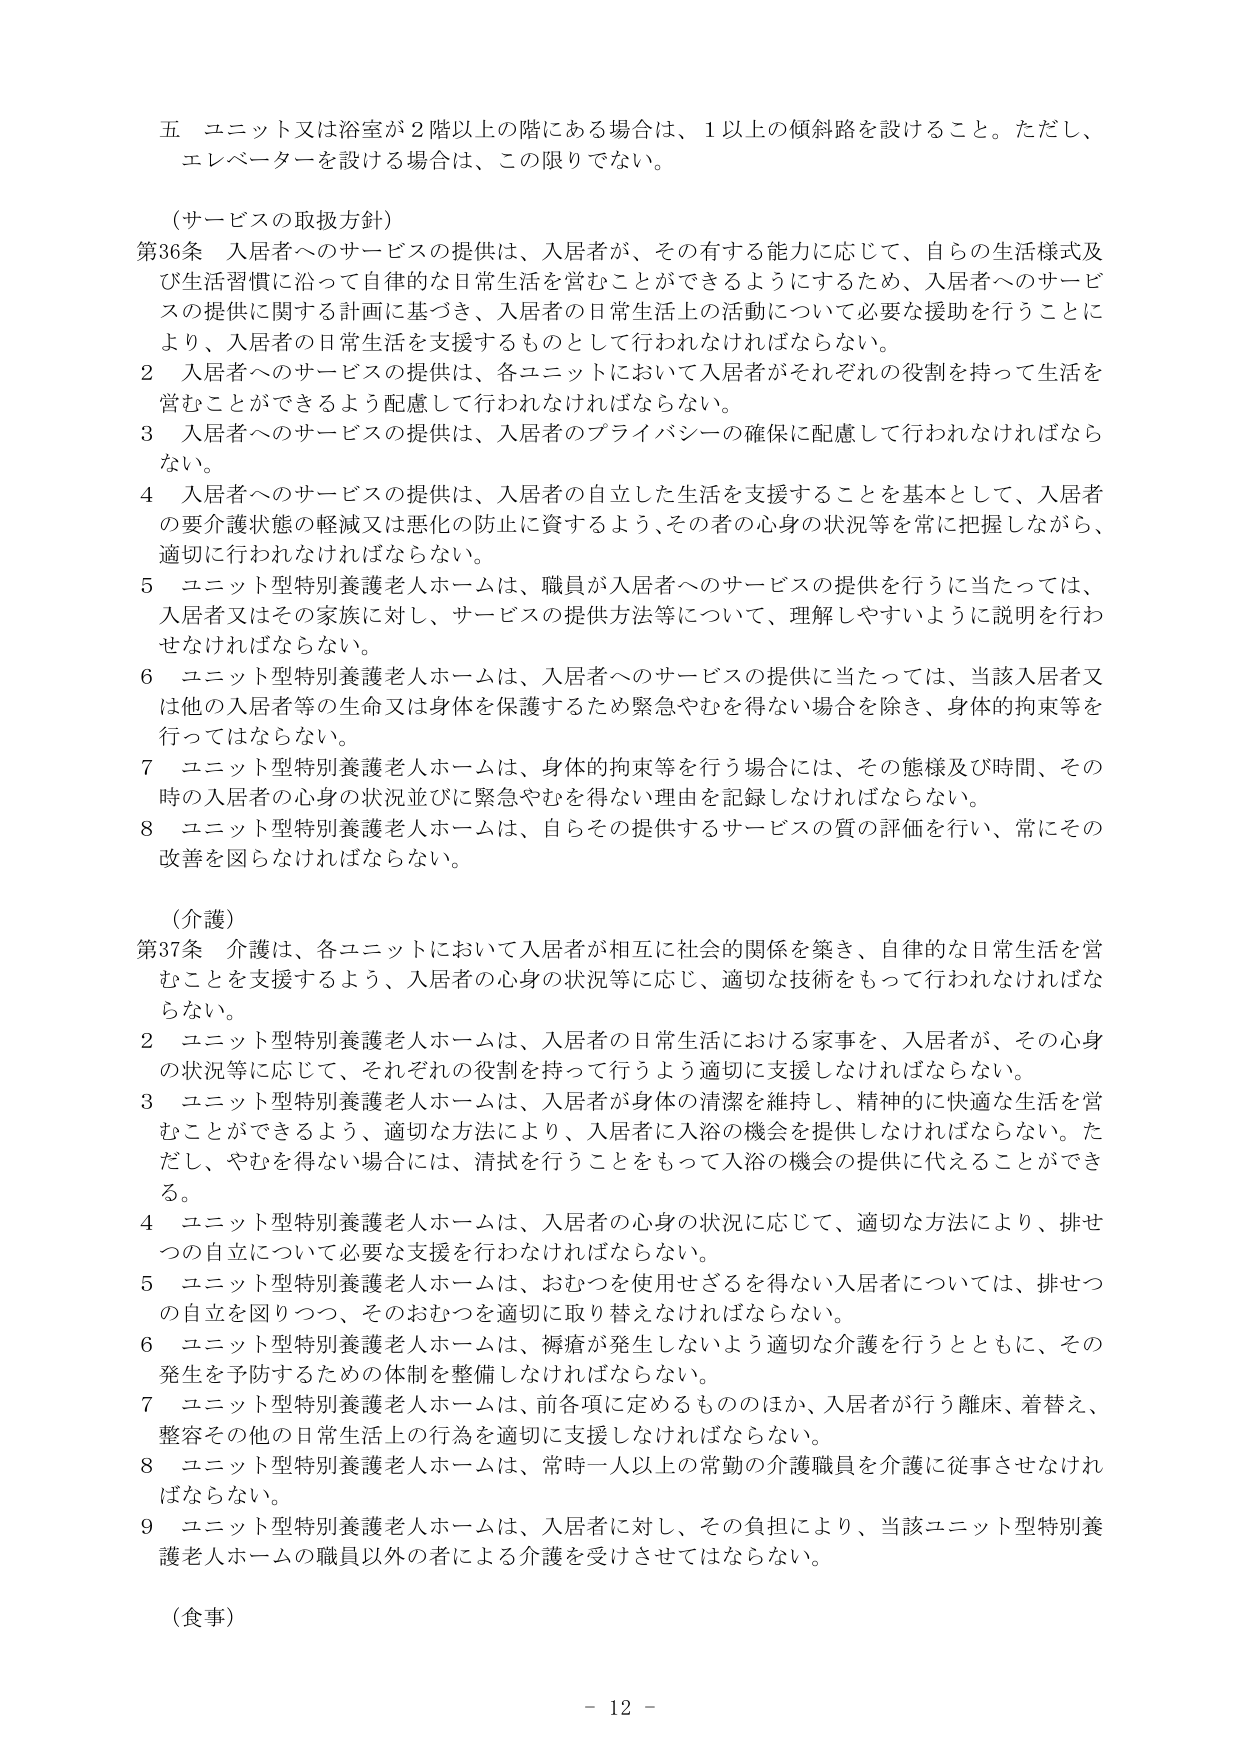
五 ユニット又は浴室が２階以上の階にある場合は、１以上の傾斜路を設けること。ただし、エレベーターを設ける場合は、この限りでない。

（サービスの取扱方針）
第36条 入居者へのサービスの提供は、入居者が、その有する能力に応じて、自らの生活様式及び生活習慣に沿って自律的な日常生活を営むことができるようになるため、入居者へのサービスの提供に関する計画に基づき、入居者の日常生活上の活動について必要な援助を行うことにより、入居者の日常生活を支援するものとして行われなければならない。
２ 入居者へのサービスの提供は、各ユニットにおいて入居者がそれぞれの役割を持って生活を営むことができるよう配慮して行われなければならない。
３ 入居者へのサービスの提供は、入居者のプライバシーの確保に配慮して行われなければならない。
４ 入居者へのサービスの提供は、入居者の自立した生活を支援することを基本として、入居者の要介護状態の軽減又は悪化の防止に資するよう、その者の心身の状況等を常に把握しながら、適切に行われなければならない。
５ ユニット型特別養護老人ホームは、職員が入居者へのサービスの提供を行うに当たっては、入居者又はその家族に対し、サービスの提供方法等について、理解しやすいように説明を行わなければならない。
６ ユニット型特別養護老人ホームは、入居者へのサービスの提供に当たっては、当該入居者又は他の入居者等の生命又は身体を保護するため緊急やむを得ない場合を除き、身体的拘束等を行ってはならない。
７ ユニット型特別養護老人ホームは、身体的拘束等を行う場合には、その態様及び時間、その時の入居者の心身の状況並びに緊急やむを得ない理由を記録しなければならない。
８ ユニット型特別養護老人ホームは、自らその提供するサービスの質の評価を行い、常にその改善を図らなければならない。

（介護）
第37条 介護は、各ユニットにおいて入居者が相互に社会的関係を築き、自律的な日常生活を営むことを支援するよう、入居者の心身の状況等に応じ、適切な技術をもって行われなければならない。
２ ユニット型特別養護老人ホームは、入居者の日常生活における家事を、入居者が、その心身の状況等に応じて、それぞれの役割を持って行うよう適切に支援しなければならない。
３ ユニット型特別養護老人ホームは、入居者が身体の清潔を維持し、精神的に快適な生活を営むことができるよう、適切な方法により、入居者に入浴の機会を提供しなければならない。ただし、やむを得ない場合には、清拭を行うことをもって入浴の機会の提供に代えることができる。
４ ユニット型特別養護老人ホームは、入居者の心身の状況に応じて、適切な方法により、排せつの自立について必要な支援を行わなければならない。
５ ユニット型特別養護老人ホームは、おむつを使用せざるを得ない入居者については、排せつの自立を図りつつ、そのおむつを適切に取り替えなければならない。
６ ユニット型特別養護老人ホームは、褥瘡が発生しないよう適切な介護を行うとともに、その発生を予防するための体制を整備しなければならない。
７ ユニット型特別養護老人ホームは、前各項に定めるもののほか、入居者が行う離床、着替え、整容その他の日常生活上の行為を適切に支援しなければならない。
８ ユニット型特別養護老人ホームは、常時一人以上の常勤の介護職員を介護に従事させなければならない。
９ ユニット型特別養護老人ホームは、入居者に対し、その負担により、当該ユニット型特別養護老人ホームの職員以外の者による介護を受けさせてはならない。

（食事）

－ 12 －